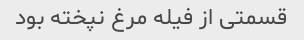
قسمتی از فیله مرغ نپخته بود